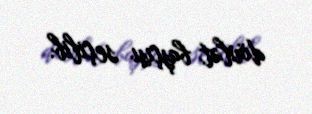
dövlət başçısı seçilib.